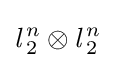
{\textit {l}}\,_{2}^{n}\otimes {\textit {l}}\,_{2}^{n}